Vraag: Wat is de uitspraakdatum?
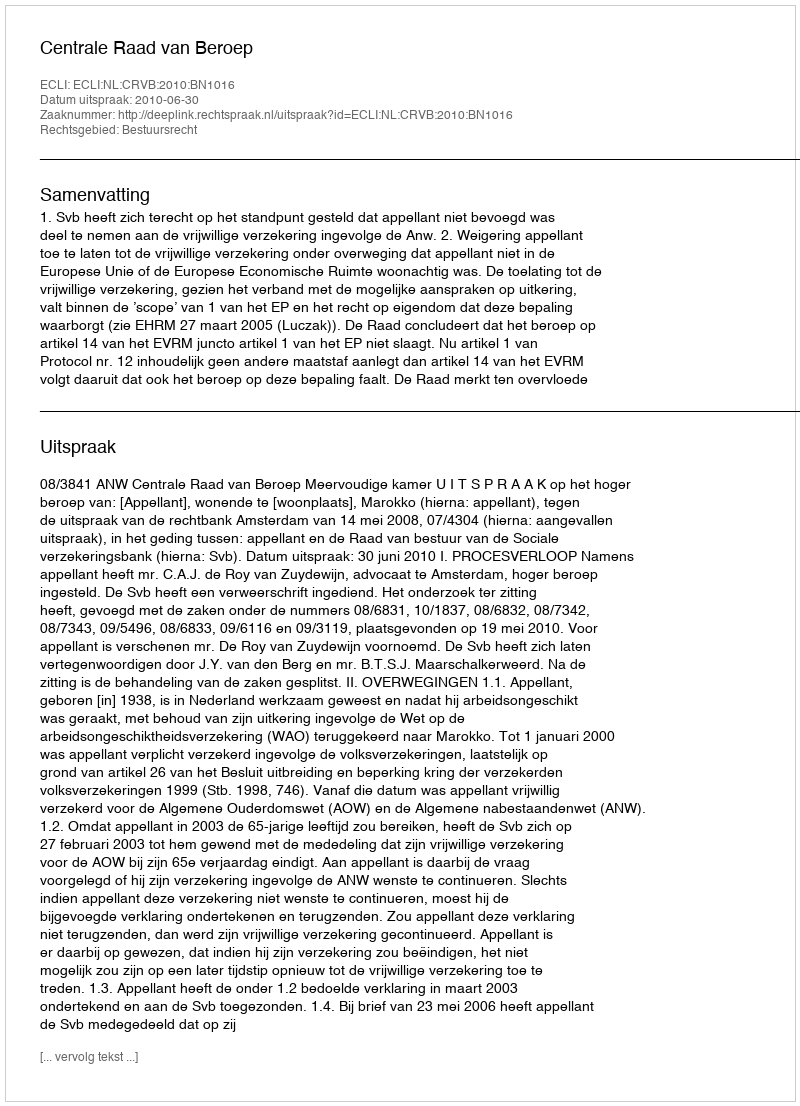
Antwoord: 2010-06-30